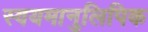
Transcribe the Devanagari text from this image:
स्वयमानुलिपिक